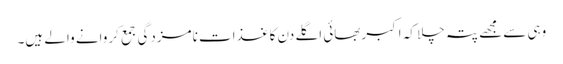
وہی سے مجھے پتہ چلا کہ اکبربھائی اگلے دن کاغذات نامزدگی جمع کروانے والے ہیں۔